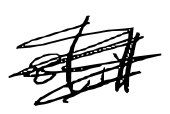
Text: still
Cross-out: scratch
Writing tool: digital_black